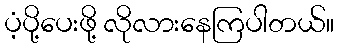
ပံ့ပို့ပေးဖို့ လိုလားနေကြပါတယ်။